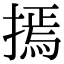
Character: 𢳃